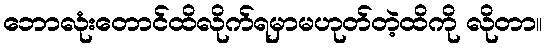
ဘောလုံးတောင်ထိလိုက်ရမှာမဟုတ်တဲ့ထိကို လိုတာ။